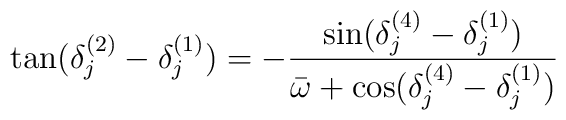
\tan (\delta_j^{(2)} - \delta_j^{(1)}) =-{\sin(\delta_j^{(4)}-\delta_j^{(1)})\over \bar\omega+\cos(\delta_j^{(4)}- \delta_j^{(1)})}